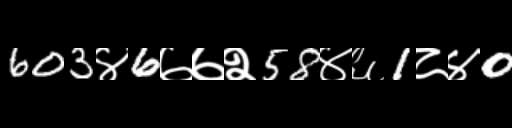
Text: 603४6७७२58४६1८४0